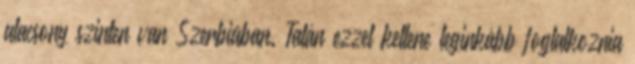
alacsony szinten van Szerbiában. Talán ezzel kellene leginkább foglalkoznia